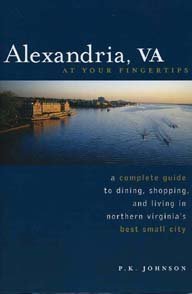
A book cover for Alexandria, VA At Your Fingertips; P.K. Johnson; Travel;